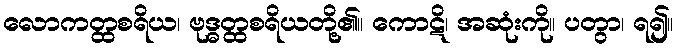
လောကတ္ထစရိယ၊ ဗုဒ္ဓတ္ထစရိယတို့၏။ ကောဋိ၊ အဆုံးကို။ ပတွာ၊ ရ၍။